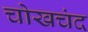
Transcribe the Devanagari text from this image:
चोखचंद